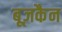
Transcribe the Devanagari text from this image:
बूज़कैन